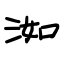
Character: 洳